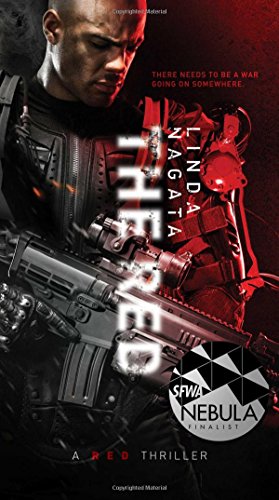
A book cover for The Red: First Light (The Red Trilogy); Linda Nagata; Mystery, Thriller & Suspense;